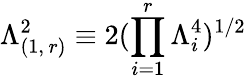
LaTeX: \Lambda_{(1,\, r)}^{2}\equiv 2(\prod_{i=1}^{r}\Lambda_{i}^{4})^{1/2}